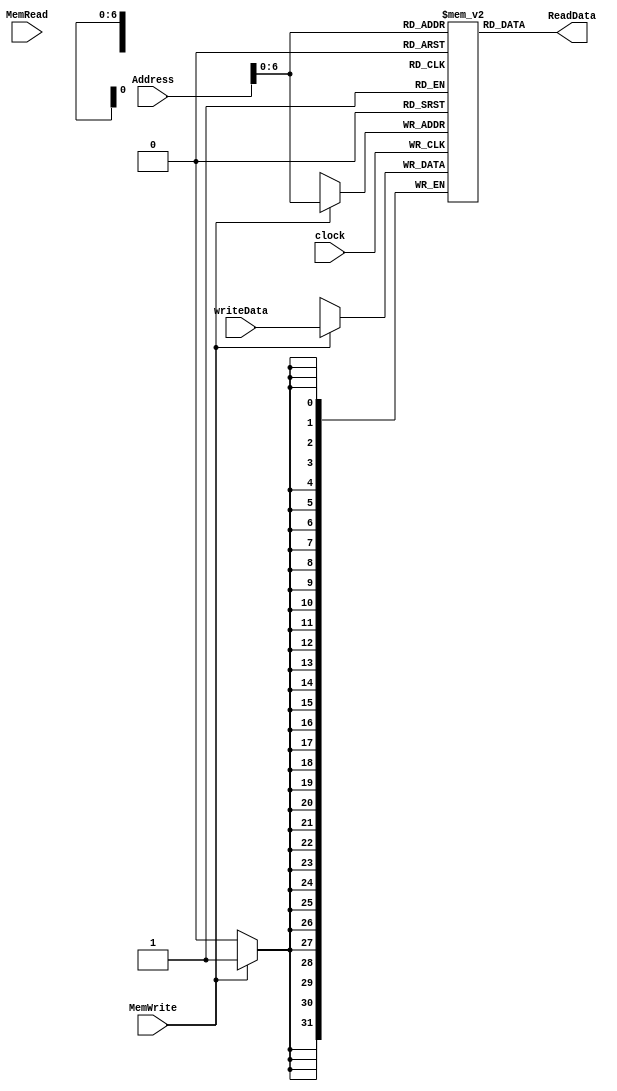
`timescale 1ns / 1ns
/** @module : Memory Module
 *  @author : Albert Bitdiddle
 *  Simple Memory Design Template
 *  Adaptive and Secure Computing Systems (ASCS) Laboratory
 */
 
module Memory (
		clock,
    	Address,
   		MemRead, ReadData,
    	MemWrite,writeData
); 

input clock; 
input [7:0]  Address;
input MemRead;
output [31:0]  ReadData;
input MemWrite;
input [31:0]   writeData;
reg [31:0] ReadData;
localparam MEM_DEPTH = 1 << 7;
reg [31:0]     ram [0:MEM_DEPTH-1];
 
//--------------Add your code here ------------------ 
integer i;  
	initial begin
		for(i=0; i<MEM_DEPTH; i = i + 1)
			ram[i] = i*10+1;
	end
 always @(posedge clock) 
 	begin  
  		if (MemWrite)  
            ram[Address] <= writeData;  
    end
always@(ram[Address])
	ReadData <= ram[Address];

//----------------------------------------------------
endmodule